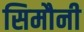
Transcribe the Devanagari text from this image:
सिमौनी